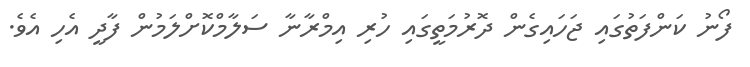
ފޯނު ކަންފަތުގައި ޖަހައިގެން ދޮރުމަތީގައި ހުރި އިމްރާނާ ސަލާމްކޮށްލަމުން ފާދީ އެހި އެވެ.